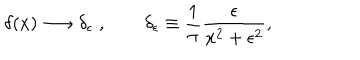
LaTeX: \delta ( x ) \longrightarrow \delta _ { \epsilon } \; , \qquad \delta _ { \epsilon } \equiv \frac { 1 } { \pi } \frac { \epsilon } { x ^ { 2 } + \epsilon ^ { 2 } } ,